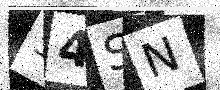
Text: 54SN